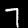
Label: 7